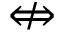
\nLeftrightarrow